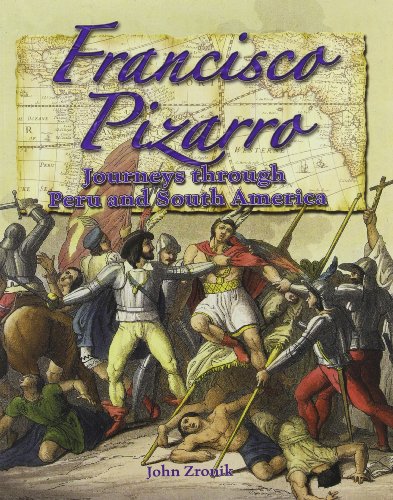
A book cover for Francisco Pizarro: Journeys Through Peru and South America (In the Footsteps of Explorers); John Paul Zronik; Children's Books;